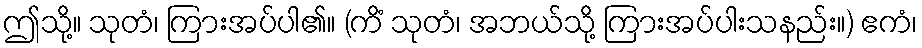
ဤသို့။ သုတံ၊ ကြားအပ်ပါ၏။ (ကိံ သုတံ၊ အဘယ်သို့ ကြားအပ်ပါးသနည်း။) ဧကံ၊